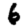
Digit: 6